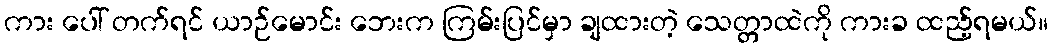
ကား ပေါ် တက်ရင် ယာဉ်မောင်း ဘေးက ကြမ်းပြင်မှာ ချထားတဲ့ သေတ္တာထဲကို ကားခ ထည့်ရမယ်။